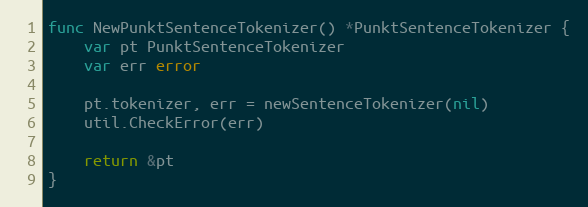
Language: Go
func NewPunktSentenceTokenizer() *PunktSentenceTokenizer {
	var pt PunktSentenceTokenizer
	var err error

	pt.tokenizer, err = newSentenceTokenizer(nil)
	util.CheckError(err)

	return &pt
}